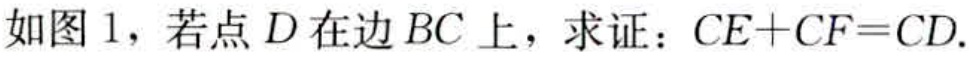
如图 1，若点 \(D\) 在边 \(BC\) 上，求证：\(CE + CF = CD\).